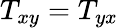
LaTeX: T_{xy}=T_{yx}